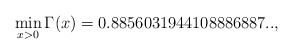
\begin{align*}\min_{x>0} \Gamma(x) = 0.8856031944108886887..,\end{align*}